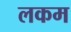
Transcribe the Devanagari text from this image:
लकम